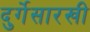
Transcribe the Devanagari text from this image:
दुर्गेसारखी